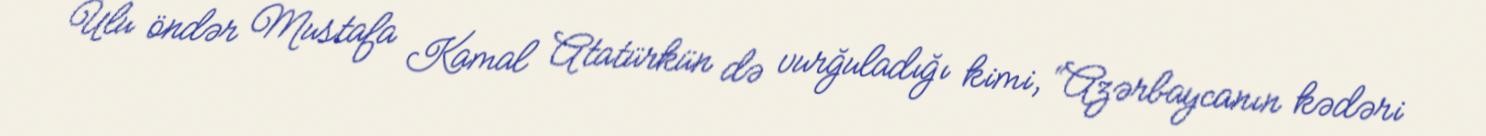
Ulu öndər Mustafa Kamal Atatürkün də vurğuladığı kimi, “Azərbaycanın kədəri